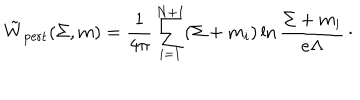
\tilde { W } _ { \mathrm { p e r t } } ( \Sigma , m ) = { \frac { 1 } { 4 \pi } } \sum _ { i = 1 } ^ { N + 1 } ( \Sigma + m _ { i } ) \ln { \frac { \Sigma + m _ { i } } { e \Lambda } } \, \cdotp